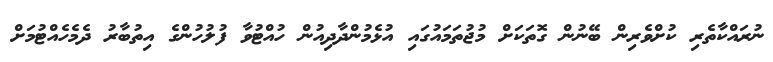
ނުރައްކާތެރި ކުށްވެރިން ބޭނުން ގޮތަކަށް މުޖުތަމައުގައި އުޅެމުންދާދިއުން ހުއްޓުވާ ފުލުހުންގެ އިތުބާރު ދެމެހެއްޓުމަށް